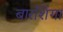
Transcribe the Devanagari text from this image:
बारशिंगा